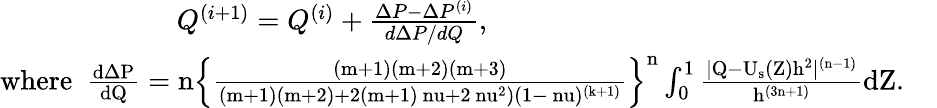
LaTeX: \begin{array}{r}{Q^{(i+1)}=Q^{(i)}+\frac{\Delta P-\Delta P^{(i)}}{d\Delta P/dQ},~~~~~~~~~~~~~~~~~~~~~~~~~~~~~~~~~~~~~~~~~~~~~~~~~~~~~~~~~~~~~~~}\\ {\mathrm{{where}~~\frac{d\Delta P}{dQ}=n\left\{ \frac{(m+1)(m+2)(m+3)}{(m+1)(m+2)+2(m+1)\ nu+2\ nu^{2})(1-\ nu)^{(k+1)}}\right\} ^{n}\int_{0}^{1}\frac{|Q-U_{s}(Z)h^{2}|^{(n-1)}}{h^{(3n+1)}}dZ.~~~~}}\end{array}